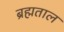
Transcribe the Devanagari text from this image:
ब्रह्मताल